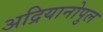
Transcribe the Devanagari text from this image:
अद्रियानोपुल